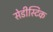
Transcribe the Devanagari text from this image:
सेडीस्टिक